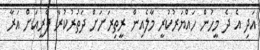
އަދި އެ ދެ މީހުން ހައްޔަރުކުރީ މާލެއިން ރީތިރަށަށް ދަތުރުކުރާ ފެރީއަށް އަރާ